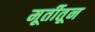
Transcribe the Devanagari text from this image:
मूर्तीतून